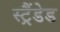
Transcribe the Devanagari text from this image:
स्ट्रैंडेड